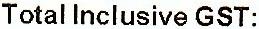
TOTAL INCLUSIVE GST: